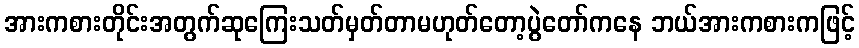
အားကစားတိုင်းအတွက်ဆုကြေးသတ်မှတ်တာမဟုတ်တော့ပွဲတော်ကနေ ဘယ်အားကစားကဖြင့်